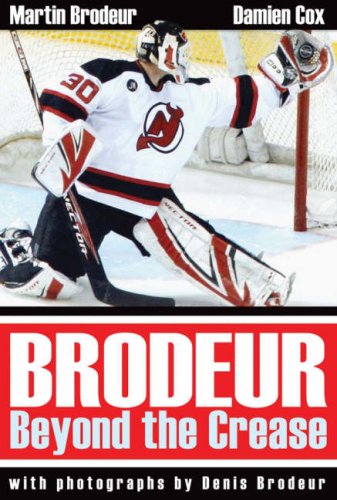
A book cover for Brodeur: Beyond the Crease; Martin Brodeur; Biographies & Memoirs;